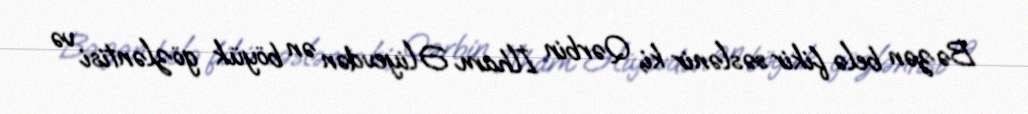
Bəzən belə fikir səslənir ki, Qərbin İlham Əliyevdən ən böyük gözləntisi və